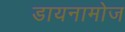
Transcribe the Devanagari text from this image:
डायनामोज